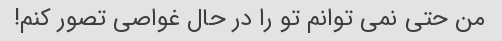
من حتی نمی توانم تو را در حال غواصی تصور کنم!